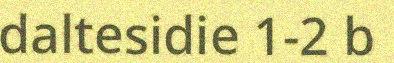
daltesidie 1-2 b